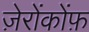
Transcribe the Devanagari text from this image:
ज़ेरोंकोंफ़